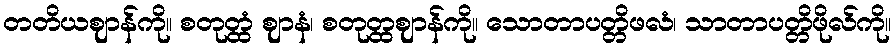
တတိယဈာန်ကို။ စတုတ္ထံ ဈာနံ၊ စတုတ္ထဈာန်ကို။ သောတာပတ္တိဖလံ၊ သာတာပတ္တိဖိုလ်ကို။